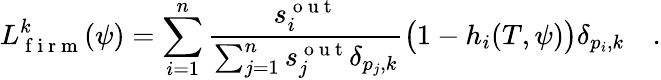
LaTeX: {L}_{\mathrm{~f~i~r~m~}}^{k}(\psi)=\sum_{i=1}^{n}\frac{s_{i}^{\mathrm{~o~u~t~}}}{\sum_{j=1}^{n}s_{j}^{\mathrm{~o~u~t~}}\delta_{p_{j},k}}\big(1-h_{i}(T,\psi)\big)\delta_{p_{i},k}\quad.